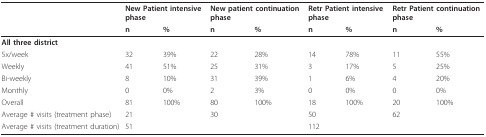
<table><thead><tr><td></td><td colspan="2"><b>New Patient intensive phase</b></td><td colspan="2"><b>New patient continuation phase</b></td><td colspan="2"><b>Retr Patient intensive phase</b></td><td colspan="2"><b>Retr Patient continuation phase</b></td></tr><tr><td></td><td><b>n</b></td><td><b>%</b></td><td><b>n</b></td><td><b>%</b></td><td><b>n</b></td><td><b>%</b></td><td><b>n</b></td><td><b>%</b></td></tr></thead><tbody><tr><td colspan="9"><b>All three district</b></td></tr><tr><td>5x/week</td><td>32</td><td>39%</td><td>22</td><td>28%</td><td>14</td><td>78%</td><td>11</td><td>55%</td></tr><tr><td>Weekly</td><td>41</td><td>51%</td><td>25</td><td>31%</td><td>3</td><td>17%</td><td>5</td><td>25%</td></tr><tr><td>Bi-weekly</td><td>8</td><td>10%</td><td>31</td><td>39%</td><td>1</td><td>6%</td><td>4</td><td>20%</td></tr><tr><td>Monthly</td><td>0</td><td>0%</td><td>2</td><td>3%</td><td>0</td><td>0%</td><td>0</td><td>0%</td></tr><tr><td>Overall</td><td>81</td><td>100%</td><td>80</td><td>100%</td><td>18</td><td>100%</td><td>20</td><td>100%</td></tr><tr><td>Average # visits (treatment phase)</td><td colspan="2">21</td><td colspan="2">30</td><td colspan="2">50</td><td colspan="2">62</td></tr><tr><td>Average # visits (treatment duration)</td><td colspan="4">51</td><td colspan="4">112</td></tr></tbody></table>